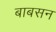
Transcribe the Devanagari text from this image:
बाबसन